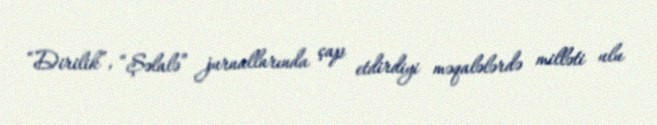
“Dirilik”, “Şəlalə” jurnallarında çap etdirdiyi məqalələrdə milləti ulu